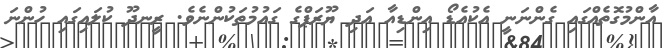
އާންމުގޮތެއްގައި ގެންނަނީ އެކުއެޑޯ އިންޑިއާ އަދި ޔޫރަޕްގެ ގައުމުތަކުންނެވެ. ރީނދޫ ކުލައިގައި ހުންނަ